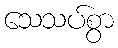
သေသပ်စွာ